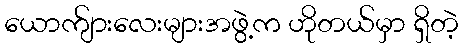
ယောက်ျားလေးများအဖွဲ့က ဟိုတယ်မှာ ရှိတဲ့